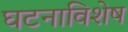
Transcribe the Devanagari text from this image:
घटनाविशेष